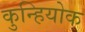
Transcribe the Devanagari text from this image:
कुन्हियोक